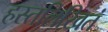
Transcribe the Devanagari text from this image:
हस्तलिखितं